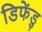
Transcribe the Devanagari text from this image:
डिफेंडु